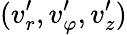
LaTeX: (v_{r}^{\prime},v_{\varphi}^{\prime},v_{z}^{\prime})